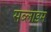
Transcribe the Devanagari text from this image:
सब्लाइम